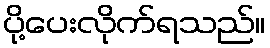
ပို့ပေးလိုက်ရသည်။